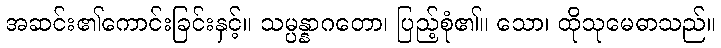
အဆင်း၏ကောင်းခြင်းနှင့်။ သမ္ပန္နာဂတော၊ ပြည့်စုံ၏။ သော၊ ထိုသုမေဓာသည်။